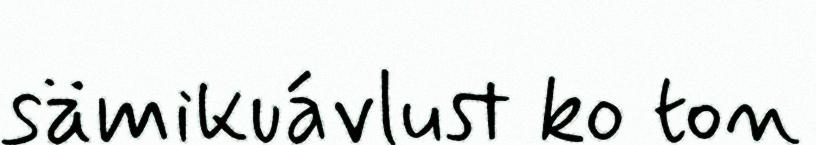
sämikuávlust ko ton